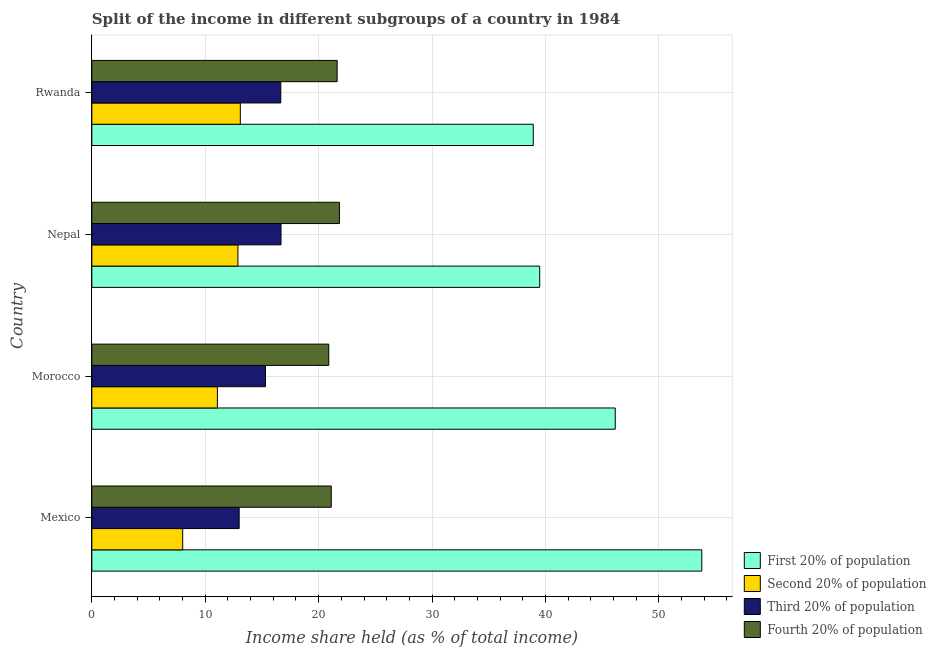
| Country | First 20% of population | Second 20% of population | Third 20% of population | Fourth 20% of population |
 | --- | --- | --- | --- | --- |
 | Mexico | 53.8 | 8.01 | 13 | 21.1 |
 | Morocco | 46.1 | 11.1 | 15.3 | 20.9 |
 | Nepal | 39.5 | 12.9 | 16.7 | 21.8 |
 | Rwanda | 38.9 | 13.1 | 16.7 | 21.6 |